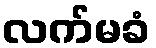
လက်မခံ